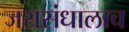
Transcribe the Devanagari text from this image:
जरासंधालाच